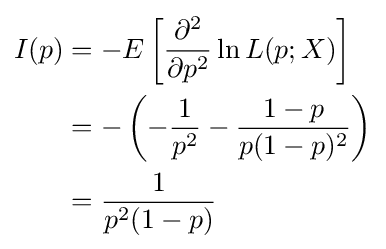
{\begin{aligned}I(p)&=-E\left[{\frac {\partial ^{2}}{\partial p^{2}}}\ln L(p;X)\right]\\&=-\left(-{\frac {1}{p^{2}}}-{\frac {1-p}{p(1-p)^{2}}}\right)\\&={\frac {1}{p^{2}(1-p)}}\end{aligned}}